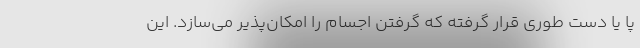
پا یا دست طوری قرار گرفته که گرفتن اجسام را امکان‌پذیر می‌سازد. این